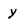
Character: y